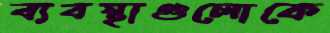
ব্যবস্থাগুলোকে